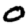
Digit: 0